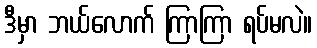
ဒီမှာ ဘယ်လောက် ကြာကြာ ရပ်မလဲ။